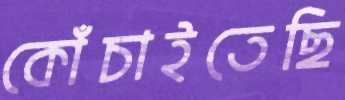
কোঁচাইতেছি